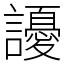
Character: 䜡